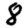
Digit: 8